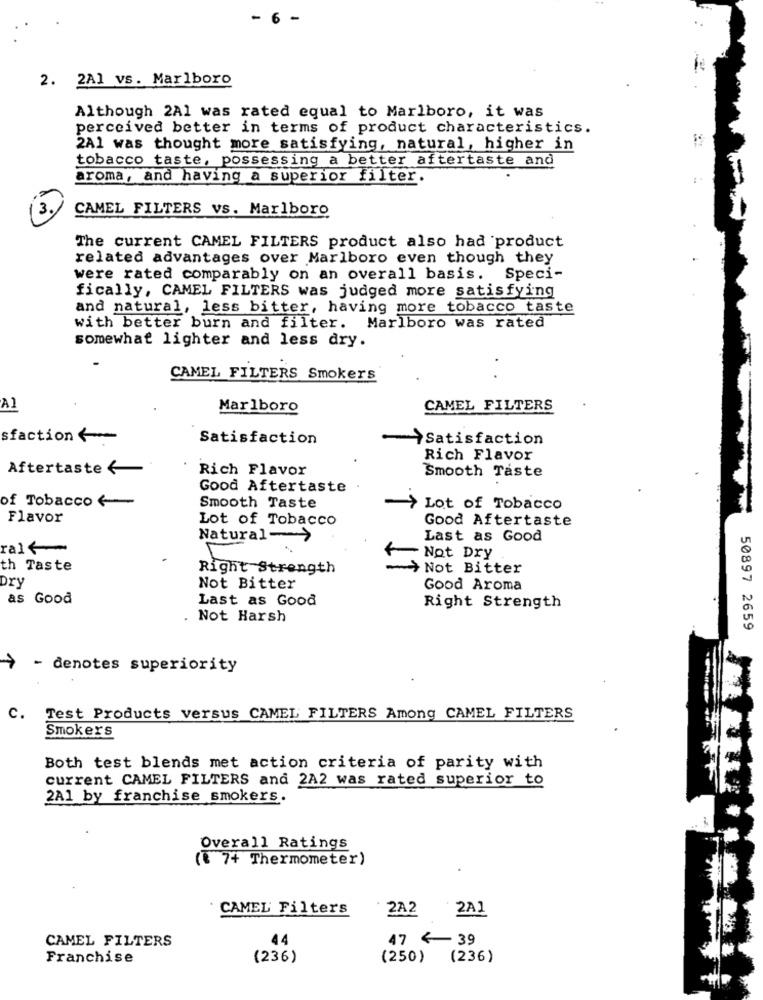
- 6 -
2. 2A1 vs. Marlboro
Although 2A1 was rated equal to Marlboro, it was
perceived better in terms of product characteristics.
2A1 was thought more satisfying, natural, higher in
tobacco taste, possessing a better aftertaste and
aroma, and having a superior filter.
CAMEL FILTERS vs. Marlboro
The current CAMEL FILTERS product also had product
related advantages over Marlboro even though they
were rated comparably on an overall basis. Speci-
fically, CAMEL FILTERS was judged more satisfying
and natural, less bitter, having more tobacco taste
with better burn and filter. Marlboro was rated
somewhat lighter and less dry.
CAMEL FILTERS Smokers
. .
A]
Marlboro
CAMEL FILTERS
sfaction <
Satisfaction
Satisfaction
Rich Flavor
Aftertaste <
Rich Flavor
Smooth Taste
Good Aftertaste
of Tobacco <
Smooth Taste
Lot of Tobacco
Flavor
Lot of Tobacco
Good Aftertaste
Natural->
Last as Good
ralf
Not Dry
th Taste
Right Strength
> Not Bitter
Dry
Not Bitter
Good Aroma
as Good
Last as Good
Right Strength
Not Harsh
50897 2659
>- denotes superiority
C. Test Products versus CAMEL FILTERS Among CAMEL FILTERS
Smokers
Both test blends met action criteria of parity with
current CAMEL FILTERS and 2A2 was rated superior to
2A1 by franchise smokers.
Overall Ratings
({ 7+ Thermometer)
CAMEL Filters
2A2
2A1
44
47 <- 39
CAMEL FILTERS
Franchise
(236)
(250)
(236)